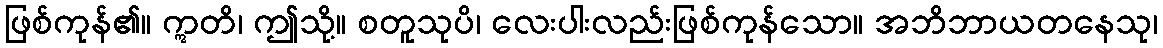
ဖြစ်ကုန်၏။ ဣတိ၊ ဤသို့။ စတူသုပိ၊ လေးပါးလည်းဖြစ်ကုန်သော။ အဘိဘာယတနေသု၊